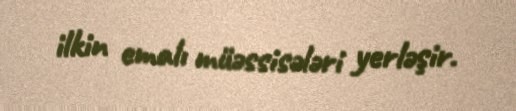
ilkin emalı müəssisələri yerləşir.